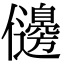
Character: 𠑟